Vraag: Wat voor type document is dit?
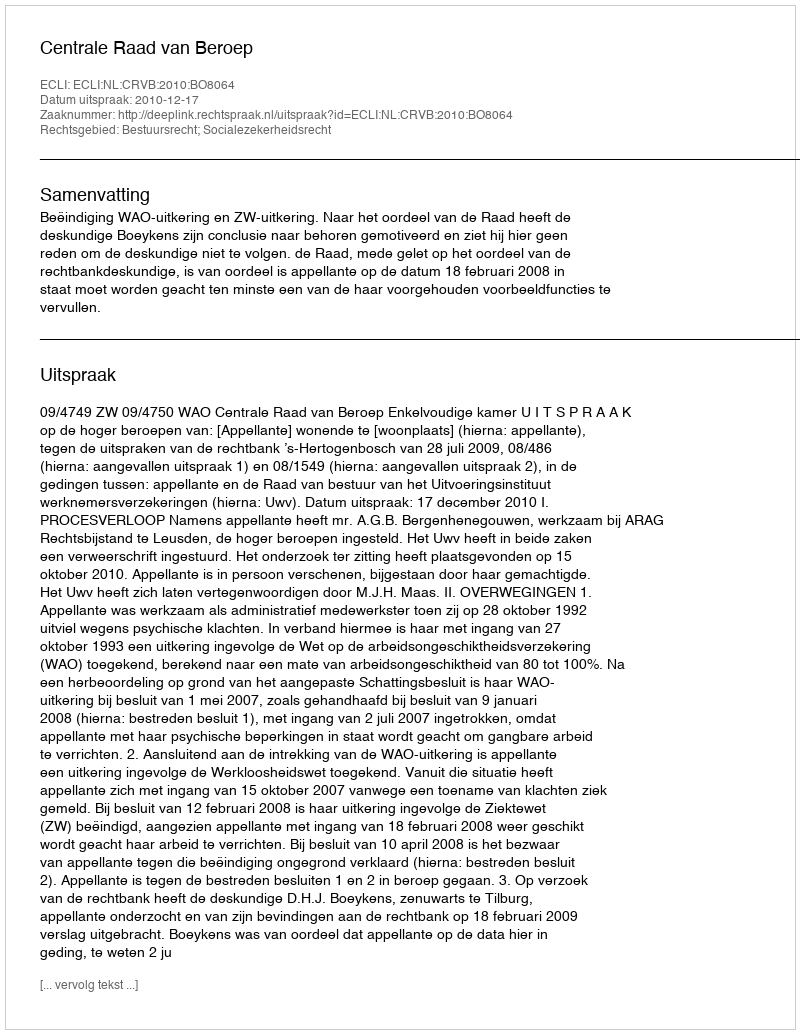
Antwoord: Uitspraak